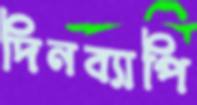
দিনব্যাপি